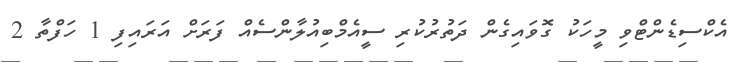
އެކްސިޑެންޓްވި މީހަކު ގޮވައިގެން ދަތުރުކުރި ސީއެމްބިއުލާންސެއް ފަރަށް އަރައިފި 1 ހަފްތާ 2